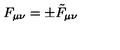
F _ { \mu \nu } = \pm \tilde { F } _ { \mu \nu }